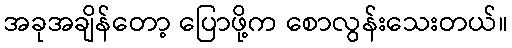
အခုအချိန်တော့ ပြောဖို့က စောလွန်းသေးတယ်။